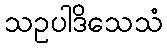
သဥပါဒိသေသံ